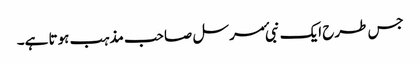
جس طرح ایک نبی ٔمرسل صاحب مذہب ہوتا ہے۔